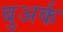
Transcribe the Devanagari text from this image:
बुअर्क